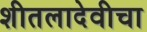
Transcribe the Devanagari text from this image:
शीतलादेवीचा